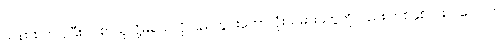
သန်းထက် ပိုပြီး လစာယူလို့မရသလို ပြည်တွင်းဘောလုံးသမားတွေကိုလည်း တစ်နှစ်လစာ ပေါင် ၆